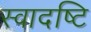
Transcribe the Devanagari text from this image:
स्वादष्टि